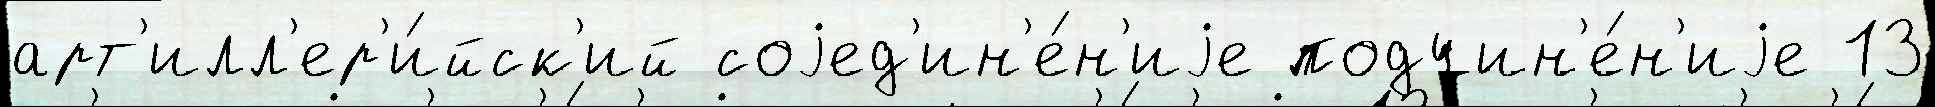
арт'илл'ер'и́йск'ий соjед'ин'е́н'иjе подчин'е́н'иjе 13